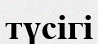
түсігі